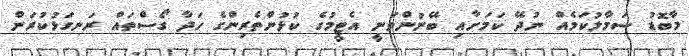
މާބޮޑު ސަމާލުކަމެއް ނުދޭ ކަމަށާއި ބޭނުންވަނީ އެޓީމުގެ ކުޅުންތެރިންގެ ހަދާ ގޯސްތައް ރަނގަޅުކުރަން